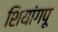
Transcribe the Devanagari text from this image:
शियांगपू